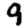
Digit: 9